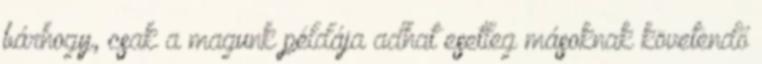
bárhogy, csak a magunk példája adhat esetleg másoknak követendő